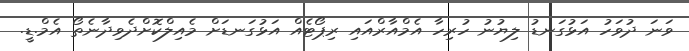
ވަނަ ދުވަހު އަޅުގަނޑު ލިޔުނު ހުރިހާ އެމްއާރްއައި ރިޕޯޓެއް އަޅުގަނޑަށް މެއިލްކޮށްދެވިދާނެތޯ އެމް.ޑީ.